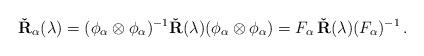
LaTeX: \begin{align*}{\bf \check{R}}_\alpha(\lambda) = (\phi_\alpha \otimes \phi_\alpha)^{-1} {\bf \check{R}}(\lambda) (\phi_\alpha \otimes \phi_\alpha) = F_\alpha \,{\bf \check{R}}(\lambda) (F_\alpha)^{-1} \,.\end{align*}